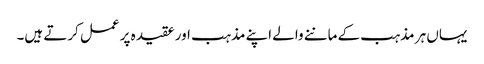
یہاں ہر مذہب کے ماننے والے اپنے مذہب اور عقیدہ پر عمل کرتے ہیں۔